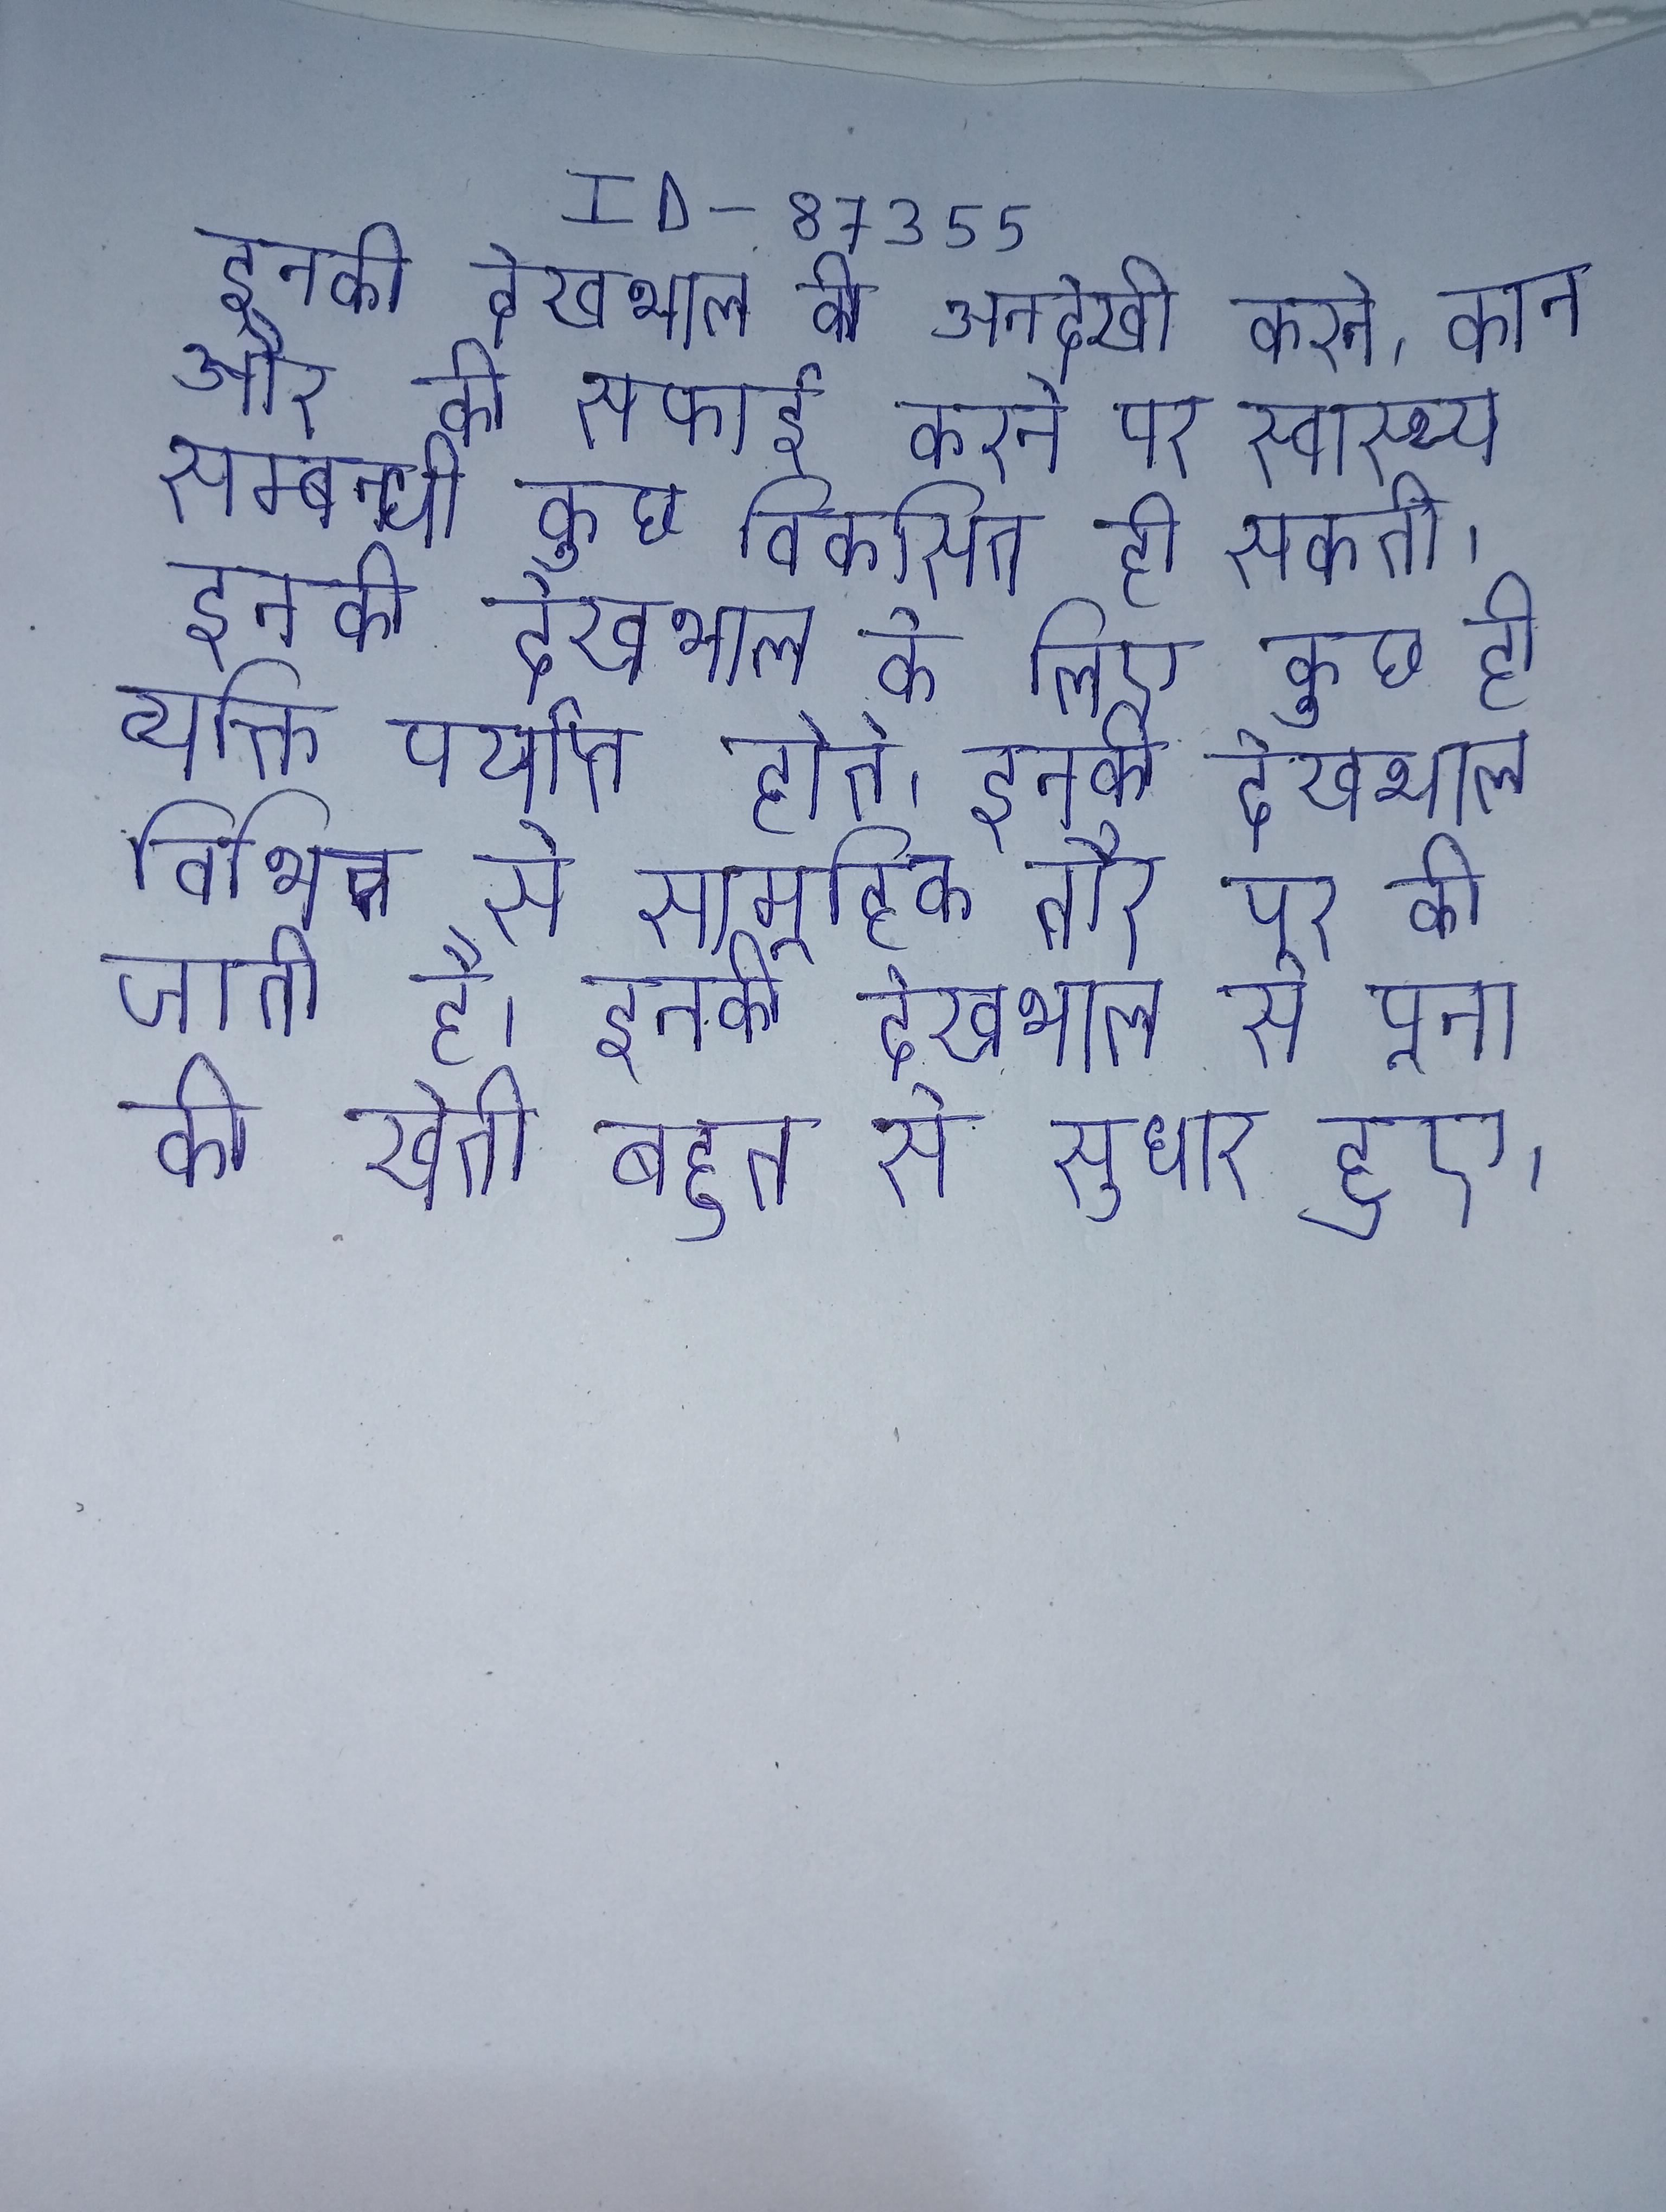
इनकी देखभाल की अनदेखी करने, कान और की सफाई करने पर स्वास्थ्य सम्बन्धी कुछ विकसित हो सकती । इनकी देखभाल के लिए कुछ ही व्यक्ति पर्याप्त होते । इनकी देखभाल विभिन्न से सामूहिक तौर पर की जाती है । इनकी देखभाल से पूना की खेती बहुत से सुधार हुए ।